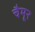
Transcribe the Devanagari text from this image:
चैमूर